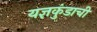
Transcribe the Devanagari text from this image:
यज्ञकुंडाची